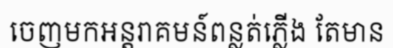
ចេញមកអន្តរាគមន៍ពន្លត់ភ្លើង តែមាន